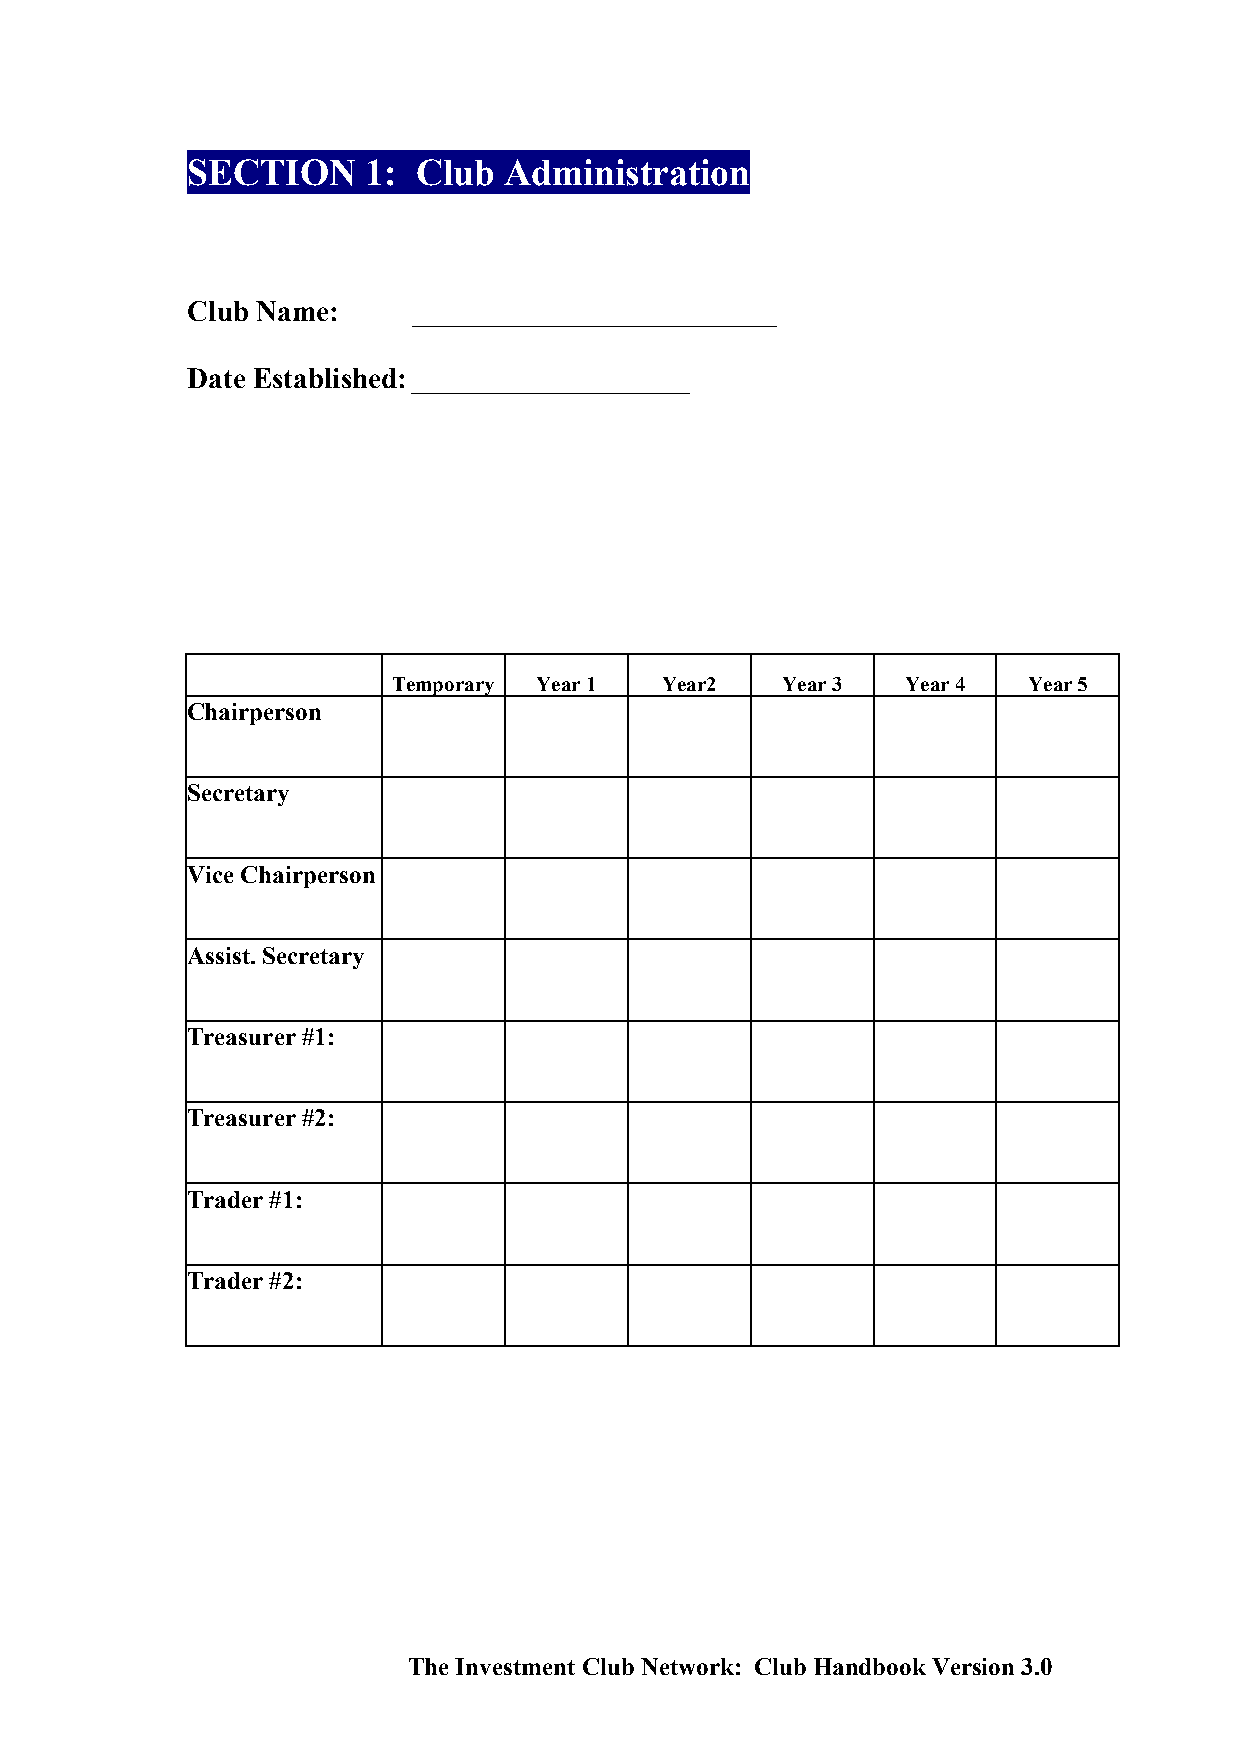
SECTION     1:  Club Administration
 Club Name:     _________________________
 Date Established: ___________________
 Temporary Year 1  Year2   Year 3  Year 4  Year 5
 Chairperson
 Secretary
 Vice Chairperson
 Assist. Secretary
 Treasurer #1:
 Treasurer #2:
 Trader #1:
 Trader #2:
 The Investment Club Network: Club Handbook Version 3.0